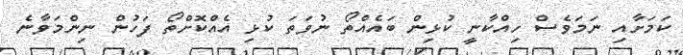
ކަމަށާއި ނަމަވެސް ހިއްކާނީ ކުޅިން ބައެއްތޯ ނުވަތަ ކުޅި އެއްކޮށްތޯ ފަހުން ނިންމަވާނެ